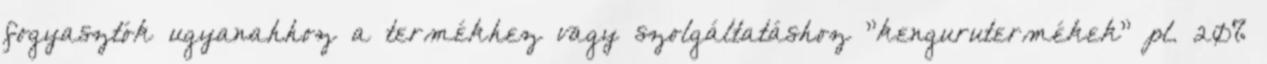
fogyasztók ugyanahhoz a termékhez vagy szolgáltatáshoz "kengurutermékek" pl. 20%